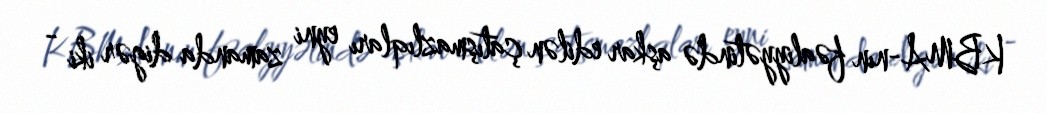
KBMA-nın fəaliyyətində aşkar edilən çatışmazlıqları eyni zamanda digər iki -